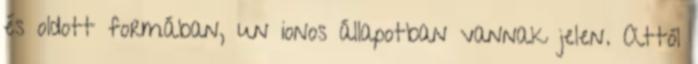
és oldott formában, un ionos állapotban vannak jelen. Attól